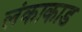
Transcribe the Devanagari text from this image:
लंकाकाड